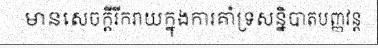
មានសេចក្តីរីករាយក្នុងការគាំទ្រសន្និបាតបញ្ញវន្ត